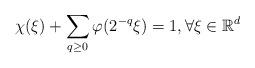
LaTeX: \begin{align*}\chi(\xi) + \sum_{q\geq 0} \varphi (2^{-q}\xi) = 1,\forall \xi\in\mathbb{R}^d\end{align*}